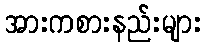
အားကစားနည်းများ